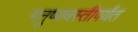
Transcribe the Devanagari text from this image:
मनुष्यवस्तीपर्यंत